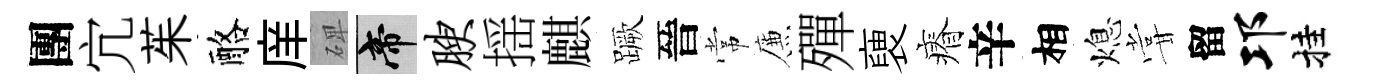
團宂茱酪庠𥓓帝腴揺麒蹶晉常簾殫褏瘠辛相熄甞留邛挂